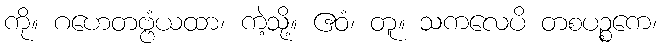
ကို။ ဂဟေတဗ္ဗံယထာ၊ ကဲ့သို့။ ဧဝံ၊ တူ။ သကလေပိ တစပဉ္စကေ၊